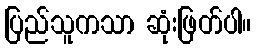
ပြည်သူကသာ ဆုံးဖြတ်ပါ။